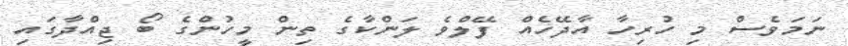
ނަމަވެެސް މި ހުރިހާ އާދޭހެއް ފޭލްވެ ލަންކާގެ ތިން މީހުންގެ ބޯ ޖިއްދާގައި